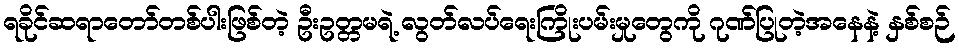
ရခိုင်ဆရာတော်တစ်ပါးဖြစ်တဲ့ ဦးဥတ္တမရဲ့ လွတ်လပ်ရေးကြိုးပမ်းမှုတွေကို ဂုဏ်ပြုတဲ့အနေနဲ့ နှစ်စဉ်